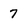
Character: 7